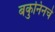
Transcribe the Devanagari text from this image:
बकुनिनचे